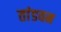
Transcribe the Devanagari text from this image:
तांडवम